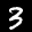
Label: 3